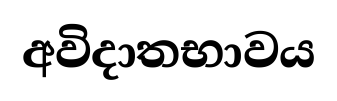
අවිදාතභාවය